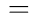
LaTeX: {}={}